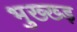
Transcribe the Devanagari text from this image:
भुख्ख्ड़